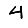
Digit: 4